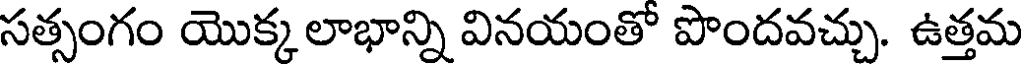
సత్సంగం యొక్క లాభాన్ని వినయంతో పొందవచ్చు. ఉత్తమ